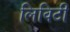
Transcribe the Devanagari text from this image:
लिविटी